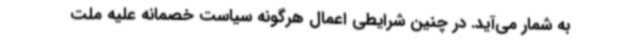
به شمار می‌آید. در چنین شرایطی اعمال هرگونه سیاست خصمانه علیه ملت